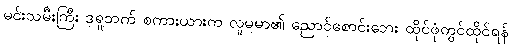
မင်းသမီးကြီး ဒရူဘက် စကားယားက လူမမာ၏ ညောင်စောင်းဘေး ထိုင်ဖုံတွင်ထိုင်ရန်